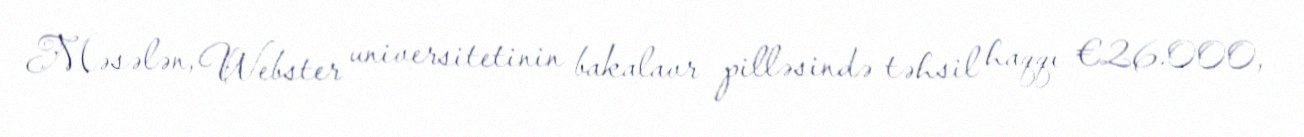
Məsələn, Webster universitetinin bakalavr pilləsində təhsil haqqı €26.000,